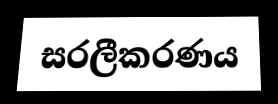
සරලීකරණය